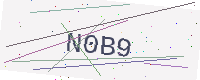
Text: N0B9